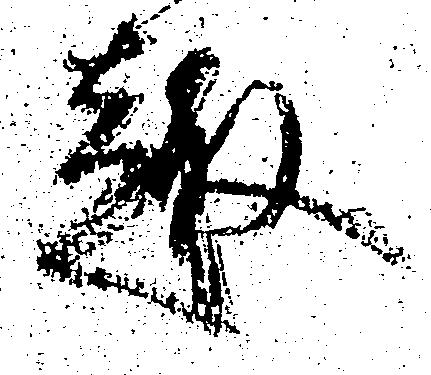
趣